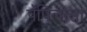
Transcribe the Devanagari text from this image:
पॅपिलोसा